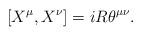
LaTeX: \begin{align*}[X^{\mu},X^{\nu}]=iR{\theta}^{{\mu}{\nu}}.\end{align*}